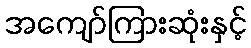
အကျော်ကြားဆုံးနှင့်